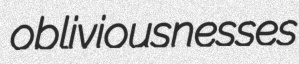
obliviousnesses